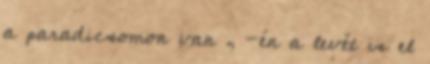
a paradicsomon van , -én a levét is el